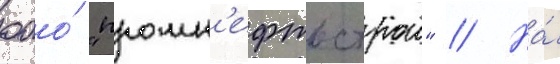
ооо́ "промн'ефтьстрои" // На́